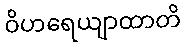
ဝိဟရေယျာထာတိ